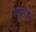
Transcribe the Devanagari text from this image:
मसार